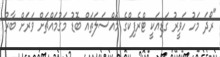
"ރޯދަ މަހު ހަވީރު ގަޑިއަކީ ޓްރެފިކްގެ މައްސަލަތައް ބޮޑު މަގުމައްޗަށް ވަރަށް ބާރު